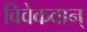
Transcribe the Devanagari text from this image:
विवेकवान्